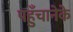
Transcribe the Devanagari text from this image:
पहुँचानेके